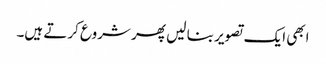
ابھی ایک تصویر بنا لیں پھر شروع کرتے ہیں۔